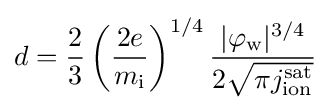
d={\frac {2}{3}}\left({\frac {2e}{m_{\mathrm {i} }}}\right)^{1/4}{\frac {|\varphi _{\mathrm {w} }|^{3/4}}{2{\sqrt {\pi j_{\mathrm {ion} }^{\mathrm {sat} }}}}}